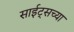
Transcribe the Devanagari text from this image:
साईट्सच्या